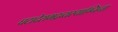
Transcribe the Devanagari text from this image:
घटादेरामद्रव्यस्याग्निना